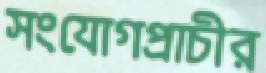
সংযোগপ্রাচীর